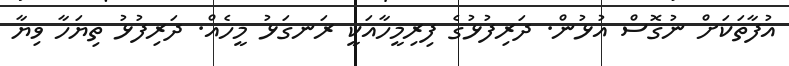
އުފާތަކަށް ނުގޮސް އުޅުން. ދަރިފުޅުގެ ފިރިމީހާއަކީ ރަނގަޅު މީހެއް. ދަރިފުޅު ތިޔަހާ ވިޔާ